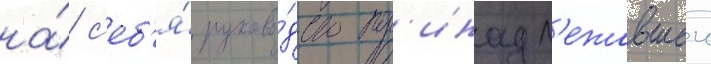
на́ с'еб'я́ руково́дство пр'инадл'ежавшеи